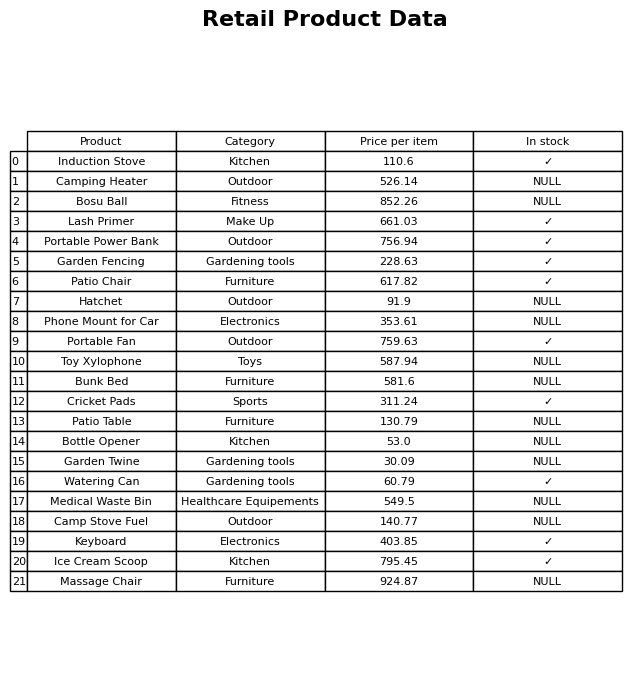
question: What is the stock status of the Hatchet?
answer: NULL